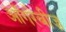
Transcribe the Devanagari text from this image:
ऑगरेबीज़